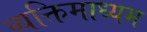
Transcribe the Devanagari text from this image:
व्यक्तिमाध्यम